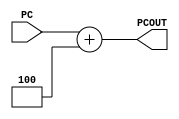
// Computer Architecture (CO224) - Lab 05
// Design: Dedicated Adder for PC Increment
// Group Number : 17

`timescale  1ns/100ps

module pc_adder (
	input[31:0] PC,
	output reg [31:0] PCOUT);

	always @(PC) begin
		// default offset(4 bit) is set 
		// with time delay of 1 time unit
		#1 PCOUT = PC+4;
	end
endmodule